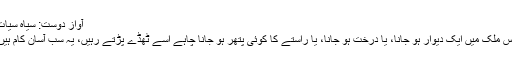
آوازِ دوست: سیاہ سیات
اس ملک میں ایک دیوار ہو جانا، یا درخت ہو جانا، یا راستے کا کوئی پتھر ہو جانا چاہے اسے ٹھُڈے پڑتے رہیں، یہ سب آسان کام ہیں۔